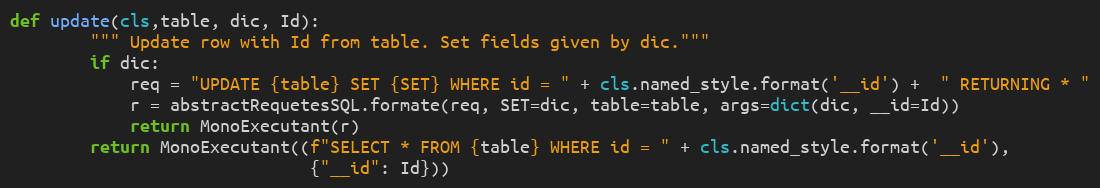
Language: Python
def update(cls,table, dic, Id):
        """ Update row with Id from table. Set fields given by dic."""
        if dic:
            req = "UPDATE {table} SET {SET} WHERE id = " + cls.named_style.format('__id') +  " RETURNING * "
            r = abstractRequetesSQL.formate(req, SET=dic, table=table, args=dict(dic, __id=Id))
            return MonoExecutant(r)
        return MonoExecutant((f"SELECT * FROM {table} WHERE id = " + cls.named_style.format('__id'),
                              {"__id": Id}))